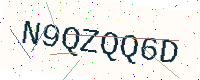
Text: N9QZQQ6D